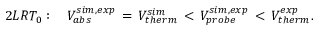
2 L R T _ { 0 } : \, \, \, \, \, \, V _ { a b s } ^ { s i m , e x p } \, = \, V _ { t h e r m } ^ { s i m } \, < \, V _ { p r o b e } ^ { s i m , e x p } \, < \, V _ { t h e r m } ^ { e x p } .